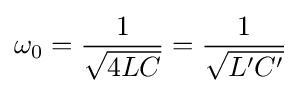
\omega _{0}={\frac {1}{\sqrt {4LC}}}={\frac {1}{\sqrt {L'C'}}}